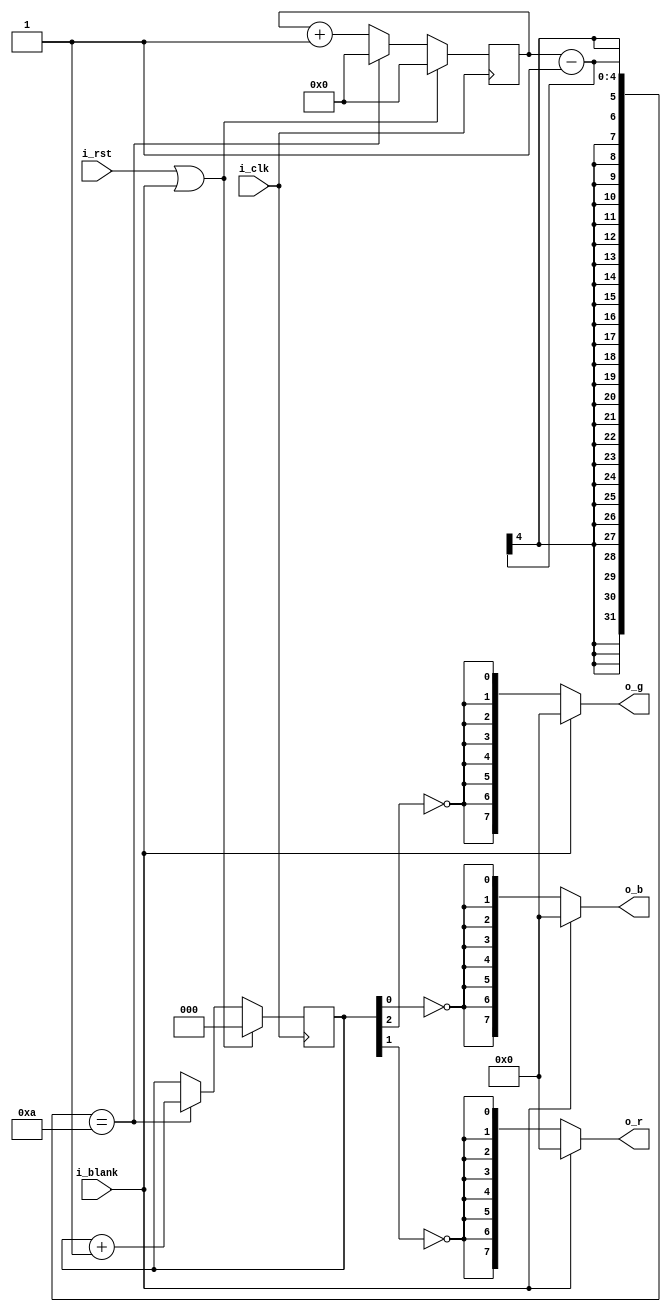
/*
 * color_bar.v
 *
 * Copyright (C) 2022  Gwenhael Goavec-Merou <gwenhael.goavec-merou@trabucayre.com>
 * SPDX-License-Identifier: MIT
 */

`default_nettype none

module color_bar #(
	parameter H_RES = 10,
		PIX_SZ = 8
) (
	input  wire              i_clk,
	input  wire              i_rst,
	input  wire              i_blank,
	output wire [PIX_SZ-1:0] o_r,
	output wire [PIX_SZ-1:0] o_g,
	output wire [PIX_SZ-1:0] o_b
);

	localparam H_CNT = $clog2(H_RES);
	
	reg [2:0] bar_id;    // bar id
	reg [H_CNT-1:0] pos; // pixel count by bar
	always @(posedge i_clk) begin
		pos <= pos + 1'b1;
		if (pos - 1 == H_RES) begin
			bar_id <= bar_id + 1'b1;
			pos <= 0;
		end
		if (i_rst | i_blank) begin
			bar_id <= 3'b0;
			pos <= 0;
		end
	end

	assign o_b = (i_blank) ? {PIX_SZ{1'b0}} : {PIX_SZ{~bar_id[0]}};
	assign o_g = (i_blank) ? {PIX_SZ{1'b0}} : {PIX_SZ{~bar_id[2]}};
	assign o_r = (i_blank) ? {PIX_SZ{1'b0}} : {PIX_SZ{~bar_id[1]}};

endmodule